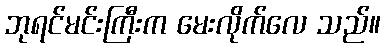
ဘုရင်မင်းကြီးက မေးလိုက်လေ သည်။